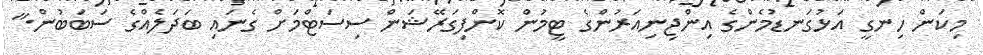
މިކަން ހިނގީ އަޅުގަނޑުމެންގެ އިންޖިނިއަރުންގެ ޓީމުން ކޮންފިގަރޭޝަން ސިސަޓްމަށް ގެނައި ބަދަލެއްގެ ސަބަބުން."